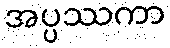
အပ္ပဿကာ